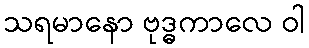
သရမာနော ဗုဒ္ဓကာလေ ဝါ